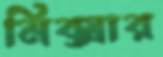
মিক্সার